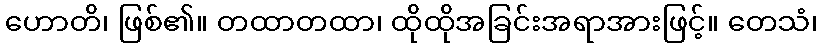
ဟောတိ၊ ဖြစ်၏။ တထာတထာ၊ ထိုထိုအခြင်းအရာအားဖြင့်။ တေသံ၊